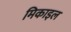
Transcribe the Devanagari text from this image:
मिकाइल